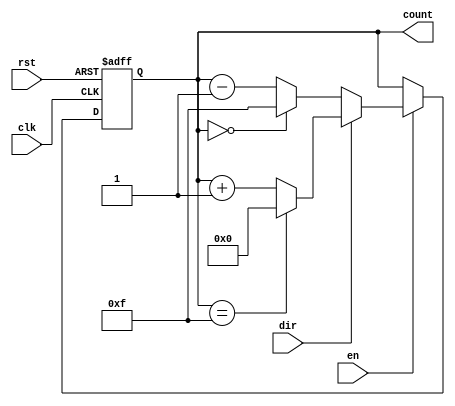
module multi_bit_counter #(
    parameter BIT_WIDTH = 4,
    parameter MIN_VALUE = 0,
    parameter MAX_VALUE = (1 << BIT_WIDTH) - 1
) (
    input wire clk,       // Clock signal
    input wire rst,       // Asynchronous reset (active high)
    input wire en,        // Count enable
    input wire dir,       // Counting direction (1 for up, 0 for down)
    output reg [BIT_WIDTH-1 : 0] count // Counter value
);

    // Always block triggered on the clock's rising edge
    always @(posedge clk or posedge rst) begin
        if (rst) begin
            // Reset the counter to the minimum value
            count <= MIN_VALUE;
        end else if (en) begin
            if (dir) begin
                // Counting up
                if (count == MAX_VALUE) begin
                    count <= MIN_VALUE; // Wrap around
                end else begin
                    count <= count + 1;
                end
            end else begin
                // Counting down
                if (count == MIN_VALUE) begin
                    count <= MAX_VALUE; // Wrap around
                end else begin
                    count <= count - 1;
                end
            end
        end
    end

endmodule